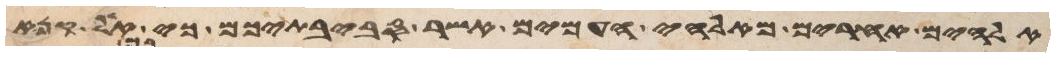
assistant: אלהים אחרים מאלהי העמים אשר סביבתיכם כי אל קנא